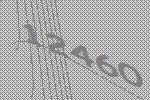
12460